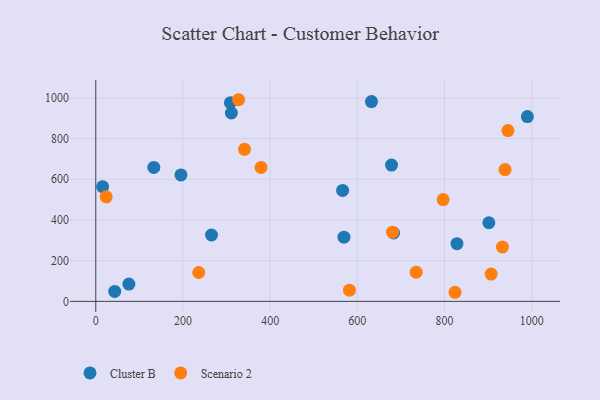
{"axis": {"x": "Speed", "y": "Demand"}, "legend": ["Cluster B", "Scenario 2"], "data": [{"x": "265.5", "y": 326.2, "type": "Cluster B"}, {"x": "678.5", "y": 669.8, "type": "Cluster B"}, {"x": "75.9", "y": 85.2, "type": "Cluster B"}, {"x": "901.8", "y": 386.4, "type": "Cluster B"}, {"x": "566.3", "y": 545.3, "type": "Cluster B"}, {"x": "569.4", "y": 315.3, "type": "Cluster B"}, {"x": "133.2", "y": 658.0, "type": "Cluster B"}, {"x": "990.2", "y": 908.2, "type": "Cluster B"}, {"x": "15.7", "y": 563.4, "type": "Cluster B"}, {"x": "43.4", "y": 49.1, "type": "Cluster B"}, {"x": "632.5", "y": 982.0, "type": "Cluster B"}, {"x": "683.2", "y": 336.1, "type": "Cluster B"}, {"x": "828.7", "y": 283.6, "type": "Cluster B"}, {"x": "195.4", "y": 621.6, "type": "Cluster B"}, {"x": "311.1", "y": 925.6, "type": "Cluster B"}, {"x": "308.8", "y": 976.1, "type": "Cluster B"}, {"x": "907.1", "y": 133.9, "type": "Scenario 2"}, {"x": "327.6", "y": 990.9, "type": "Scenario 2"}, {"x": "945.6", "y": 839.3, "type": "Scenario 2"}, {"x": "582.0", "y": 55.2, "type": "Scenario 2"}, {"x": "23.9", "y": 513.7, "type": "Scenario 2"}, {"x": "938.9", "y": 647.6, "type": "Scenario 2"}, {"x": "933.0", "y": 267.1, "type": "Scenario 2"}, {"x": "341.2", "y": 747.0, "type": "Scenario 2"}, {"x": "236.2", "y": 141.9, "type": "Scenario 2"}, {"x": "379.2", "y": 658.1, "type": "Scenario 2"}, {"x": "735.1", "y": 143.4, "type": "Scenario 2"}, {"x": "824.2", "y": 44.7, "type": "Scenario 2"}, {"x": "680.8", "y": 340.0, "type": "Scenario 2"}, {"x": "796.9", "y": 500.0, "type": "Scenario 2"}]}